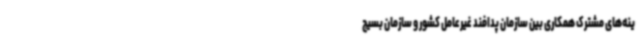
ینه‌های مشترک همکاری بین سازمان پدافند غیرعامل کشور و سازمان بسیج